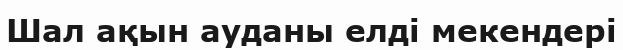
Шал ақын ауданы елді мекендері